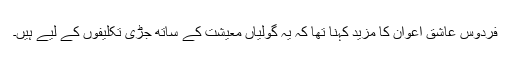
فردوس عاشق اعوان کا مزید کہنا تھا کہ یہ گولیاں معیشت کے ساتھ جڑی تکلیفوں کے لیے ہیں۔